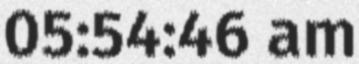
05:54:46 am